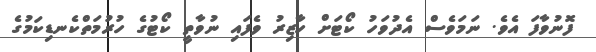
ފޮނުވާފަ އެވެ. ނަމަވެސް އެދުވަހު ކޯޓަށް ހާޒިރު ވެފައި ނުވާތީ ކޯޓުގެ ހުރުމަތްކެނޑިކަމުގެ